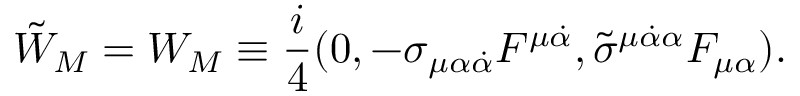
\tilde { W } _ { M } = W _ { M } \equiv { \frac { i } { 4 } } ( 0 , - \sigma _ { \mu \alpha { \dot { \alpha } } } F ^ { \mu { \dot { \alpha } } } , { \tilde { \sigma } } ^ { \mu { \dot { \alpha } } \alpha } F _ { \mu \alpha } ) .